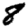
Digit: 8